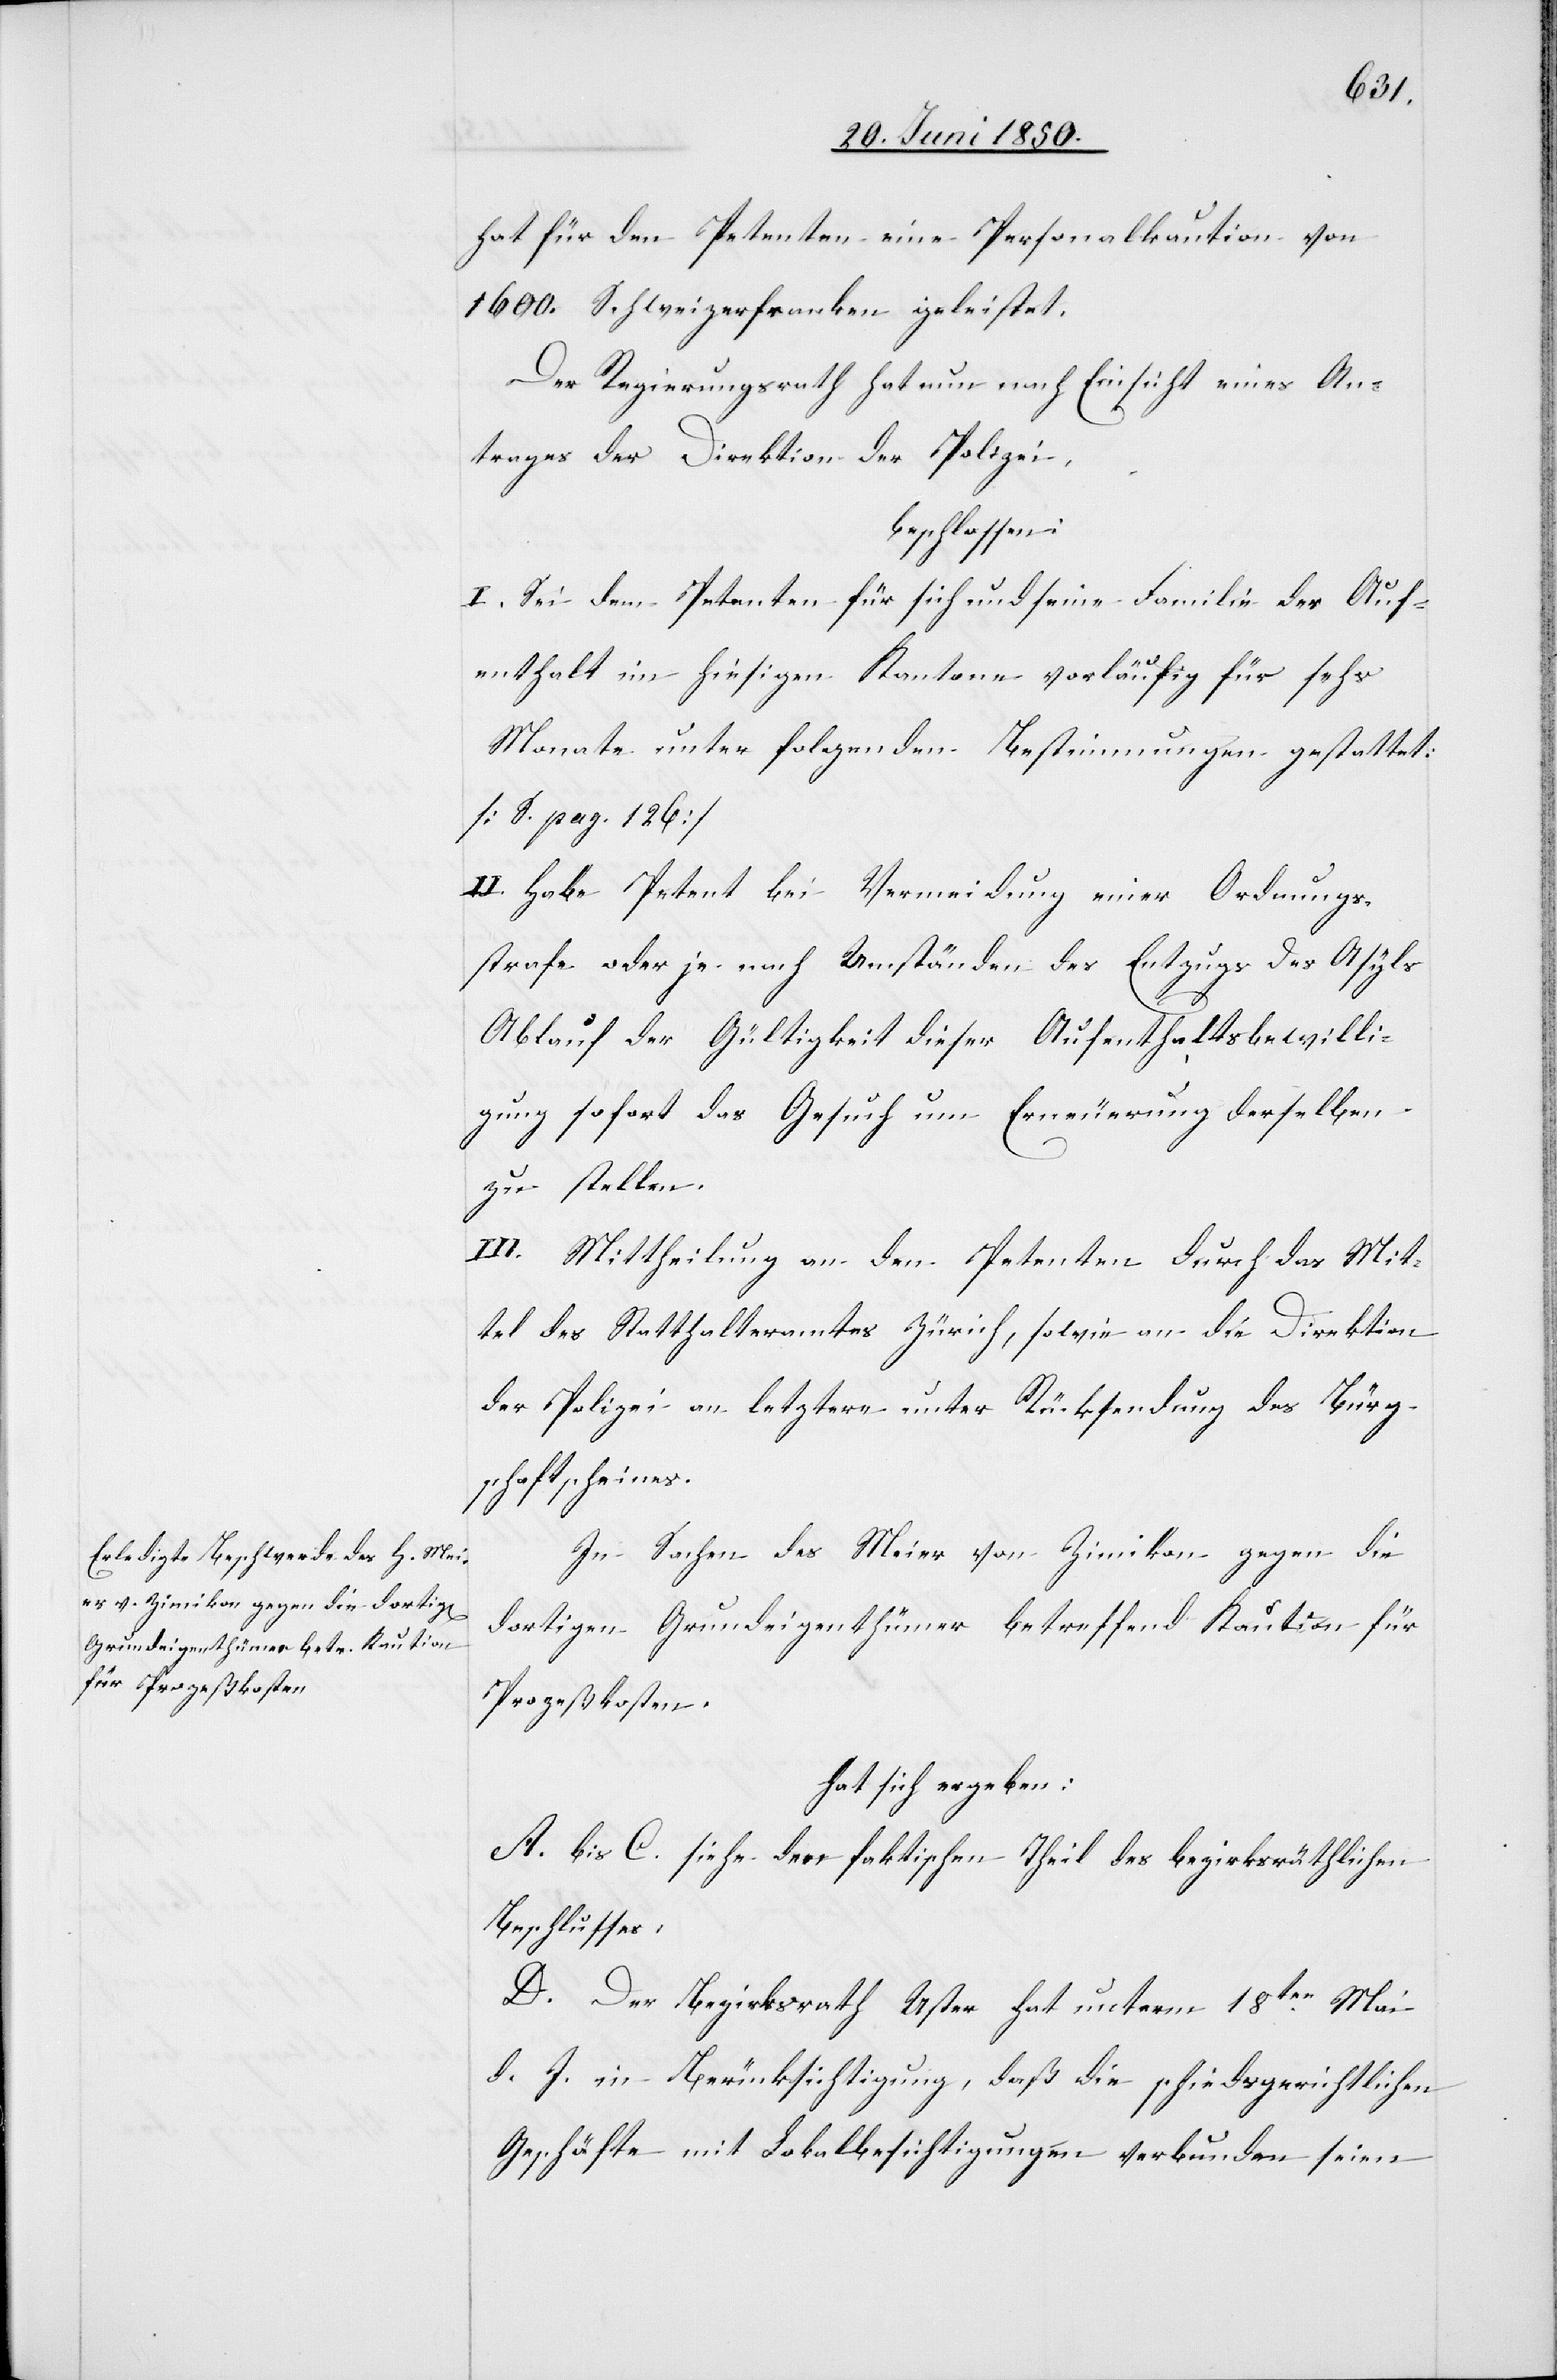
hat für den Petenten eine Personalkaution von
1600. Schweizerfranken geleistet.
Der Regierungsrath hat nun nach Einsicht eines An¬
trages der Direktion der Polizei,
beschlossen:
I. Sei dem Petenten für sich und seine Familie der Auf¬
enthalt im hiesigen Kantone vorläufig für se[c]hs
Monate unter folgenden Bestimmungen gestattet:
[S. pag. 126]
II. Habe Petent bei Vermeidung einer Ordnungs¬
strafe oder je nach Umständen des Entzugs des Asyls
Ablauf der Gültigkeit dieser Aufenthaltsbewilli¬
gung sofort das Gesuch um Erneuerung derselben
zu stellen.
III. Mittheilung an den Petenten durch das Mit¬
tel des Statthalteramtes Zürich, sowie an die Direktion
der Polizei an letztere unter Rücksendung des Bürg¬
schaftscheines.